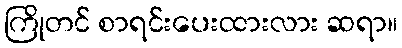
ကြိုတင် စာရင်းပေးထားလား ဆရာ။